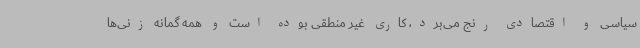
سیاسی و اقتصادی رنج می‌برد، کاری غیر منطقی بوده است و همه گمانه زنی‌ها